Indian journal of veterinary science and animal husbandry - Volumes 22-23, 1952-1953
Year: 1952
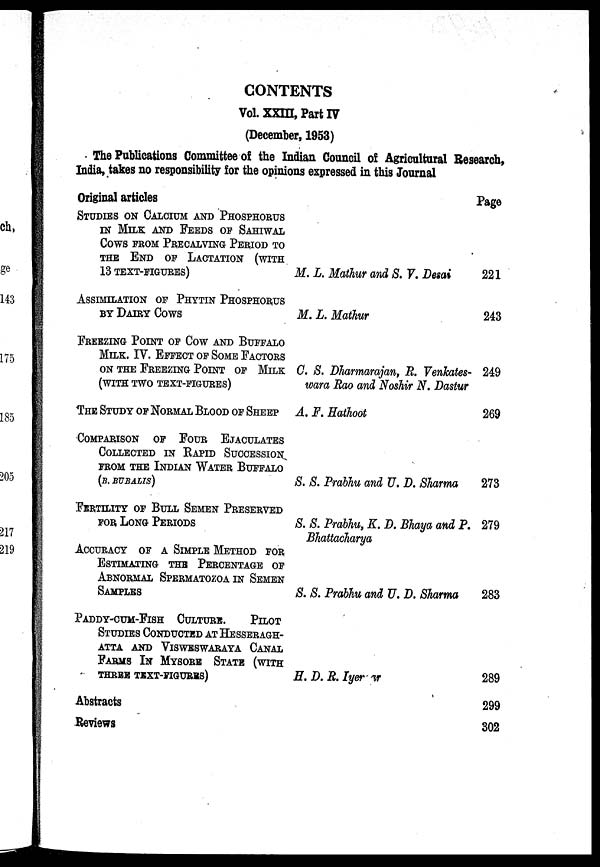
CONTENTS
Vol. XXIII, Part IV
(December, 1953)
The Publications Committee of the Indian Council of Agricultural Research,
India, takes no responsibility for the opinions expressed in this Journal
Original articles
STUDIES ON CALCIUM AND PHOSPHORUS
IN MILK AND FEEDS OF SAHIWAL
COWS FROM PRECALVING PERIOD TO
THE END OF LACTATION (WITH
13 TEXT-FIGURES)
ASSIMILATION OF PHYTIN PHOSPHORUS
BY DAIRY COWS
FREEZING POINT OF COW AND BUFFALO
MILK. IV. EFFECT OF SOME FACTORS
ON THE FREEZING POINT OF MILK
(WITH TWO TEXT-FIGURES)
THE STUDY OF NORMAL BLOOD OF SHEEP
COMPARISON OF FOUR EJACULATES
COLLECTED IN RAPID SUCCESSION
FROM THE INDIAN WATER BUFFALO
(B. BUBALIS)
FERTILITY OF BULL SEMEN PRESERVED
FOR
LONG
PERIODS
ACCURACY OF A SIMPLE METHOD FOR
ESTIMATING THE PERCENTAGE OF
ABNORMAL SPERMATOZOA IN SEMEN
SAMPLES
PADDY-CUM-FISH CULTURE.
PILOT
STUDIES CONDUCTED AT HESSERAGH-
ATTA AND VISWESWARAYA CANAL
FARMS IN MYSORE STATE (WITH
THREE TEXT-FIGURES)
M. L. Mathur and S. V. Desai
M. L. Mathur
C. S. Dharmarajan, R. Venkates-
wara Rao and Noshir N. Dastur
A. F. Hathoot
S. S. Prabhu and U. D. Sharma
S. S. Prabhu, K. D. Bhaya and P.
Bhattacharya
S. S. Prabhu and U. D. Sharma
H. D. R. Iyengar
Abstracts
Reviews
Page
221
243
249
269
273
279
283
289
299
302